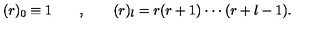
( r ) _ { 0 } \equiv 1 \qquad , \qquad ( r ) _ { l } = r ( r + 1 ) \cdot \cdot \cdot ( r + l - 1 ) .